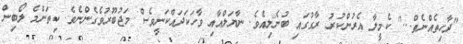
"ދާހިތެއްނެތް..." ކެމީލާ އެރުންކުރު ރާގުގައި ބުނެލިއެވެ. ނާޔަލްއާއި ވާހަކަދައްކަނީވެސް މަޖުބޫރުވެގެންނެވެ. ކިތަންމެ ލޯބިން